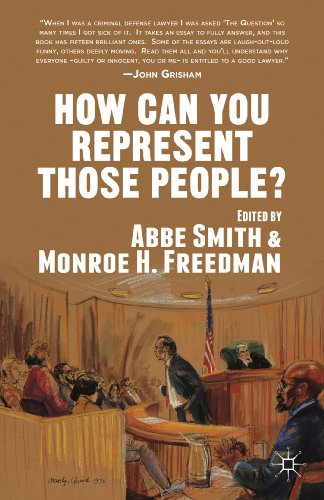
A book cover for How Can You Represent Those People?; Law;